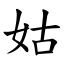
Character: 姑